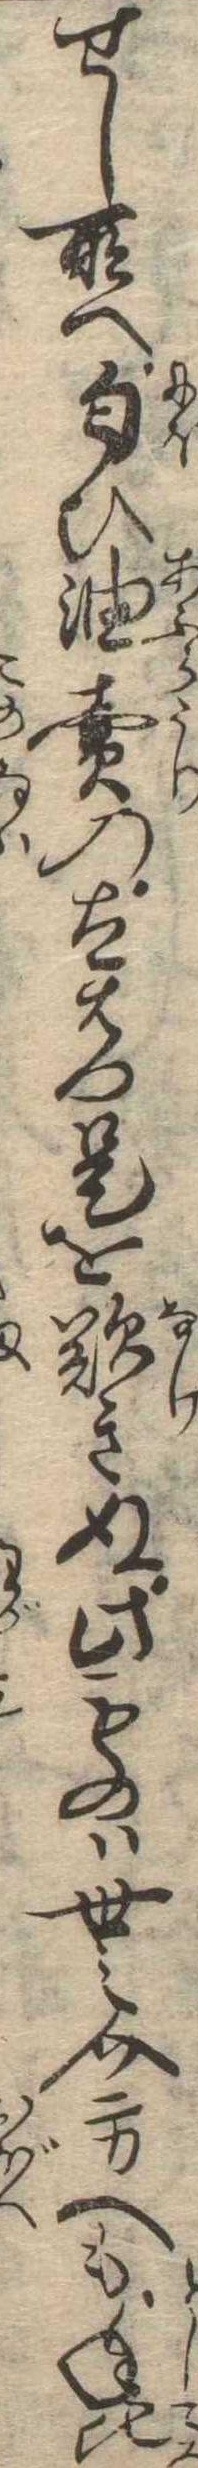
せし所へ匂ひ油売の太右門是を歎きぬ此ものは世之介方へも年比